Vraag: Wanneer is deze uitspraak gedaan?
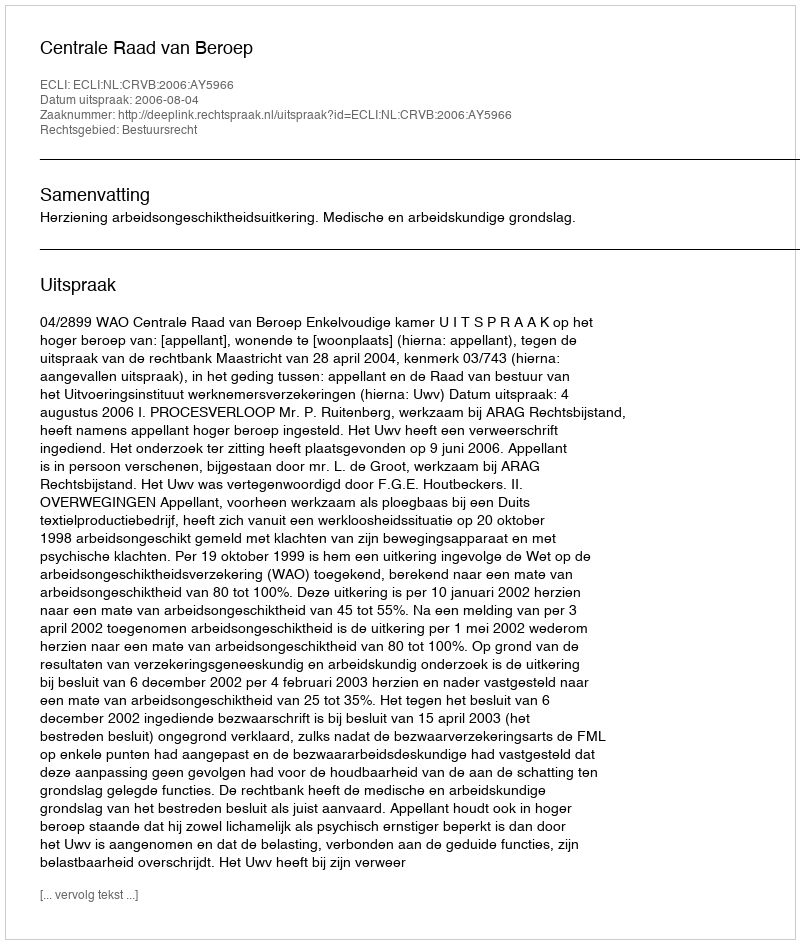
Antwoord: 2006-08-04